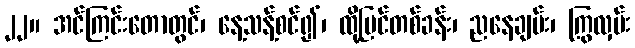
၂၂။ အင်ကြင်းတောတွင်၊ နေ့သန့်စင်၍၊ ထို့ပြင်တစ်ခန်း၊ ညနေချမ်း၊ ကြွလှမ်း